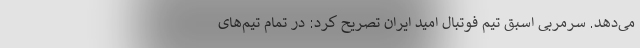
می‌دهد. سرمربی اسبق تیم فوتبال امید ایران تصریح کرد: در تمام تیم‌های